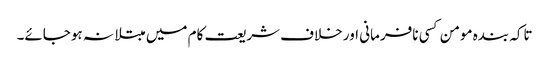
تاکہ بندہ مومن کسی نافرمانی اور خلاف شریعت کام میں مبتلا نہ ہوجائے۔